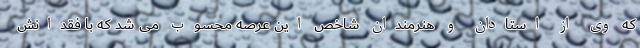
که وی از استادان و هنرمندان شاخص این عرصه محسوب می شد که با فقدانش